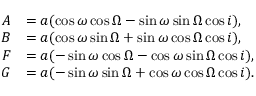
\begin{array} { r l } { A } & { = a ( \cos { \omega } \cos { \Omega } - \sin { \omega } \sin { \Omega } \cos { i } ) , } \\ { B } & { = a ( \cos { \omega } \sin { \Omega } + \sin { \omega } \cos { \Omega } \cos { i } ) , } \\ { F } & { = a ( - \sin { \omega } \cos { \Omega } - \cos { \omega } \sin { \Omega } \cos { i } ) , } \\ { G } & { = a ( - \sin { \omega } \sin { \Omega } + \cos { \omega } \cos { \Omega } \cos { i } ) . } \end{array}